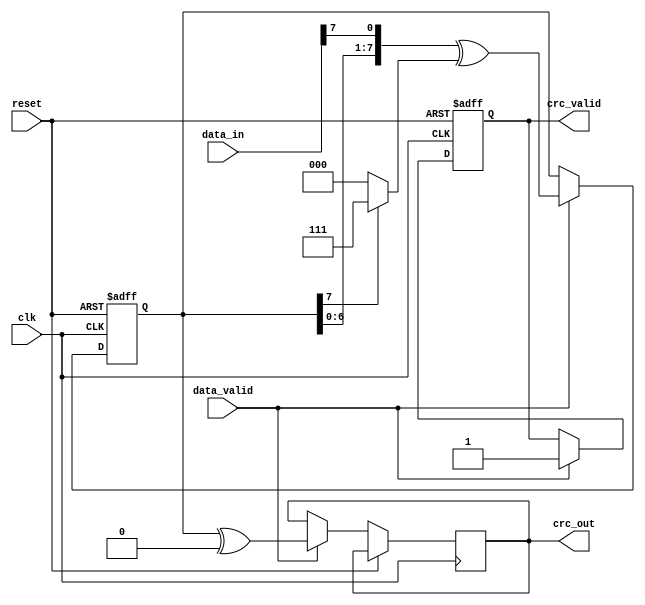
module parameterized_crc #(
    parameter CRC_WIDTH = 8,
    parameter POLYNOMIAL = 8'h07, // Example: x^8 + x^2 + x + 1
    parameter INITIAL_VALUE = {CRC_WIDTH{1'b0}},
    parameter FINAL_XOR_VALUE = {CRC_WIDTH{1'b0}}
)(
    input wire [7:0] data_in,      // Assuming 8-bit input data
    input wire data_valid,          // Data valid signal
    input wire reset,               // Synchronous reset
    input wire clk,                 // Clock signal
    output reg [CRC_WIDTH-1:0] crc_out, // Computed CRC output
    output reg crc_valid            // CRC valid signal
);

    // Internal signals
    reg [CRC_WIDTH-1:0] crc_reg;    // CRC register
    reg [3:0] bit_count;             // Bit counter for processing
    
    always @(posedge clk or posedge reset) begin
        if (reset) begin
            crc_reg <= INITIAL_VALUE;
            crc_valid <= 1'b0;
            bit_count <= 4'd0;
        end else if (data_valid) begin
            // Process each bit of the incoming data
            for (bit_count = 0; bit_count < 8; bit_count = bit_count + 1) begin
                // Shift the CRC register and process the incoming data bit
                crc_reg <= {crc_reg[CRC_WIDTH-2:0], data_in[bit_count]} ^ (crc_reg[CRC_WIDTH-1] ? POLYNOMIAL : 0);
            end
            // After processing, apply the final XOR value
            crc_out <= crc_reg ^ FINAL_XOR_VALUE;
            crc_valid <= 1'b1; // Indicate CRC is valid
        end
    end

endmodule